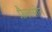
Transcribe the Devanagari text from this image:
फ़ैलसोन